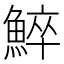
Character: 䱣